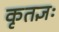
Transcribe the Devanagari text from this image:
कृतज्ञः